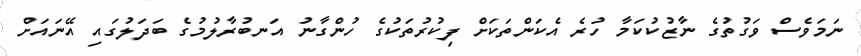
ނަމަވެސް ވަގުތުގެ ނާޒުކުކަމާ ހުރެ އެކަންތަކަށް ފިކުރުތަކުގެ ހުންގާނު އަނބުރާލުމުގެ ބަދަލުގައި އޭނައަށް